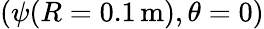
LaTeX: (\psi(R=0.1\, \mathrm{m}),\theta=0)